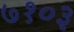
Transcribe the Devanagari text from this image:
७१०३